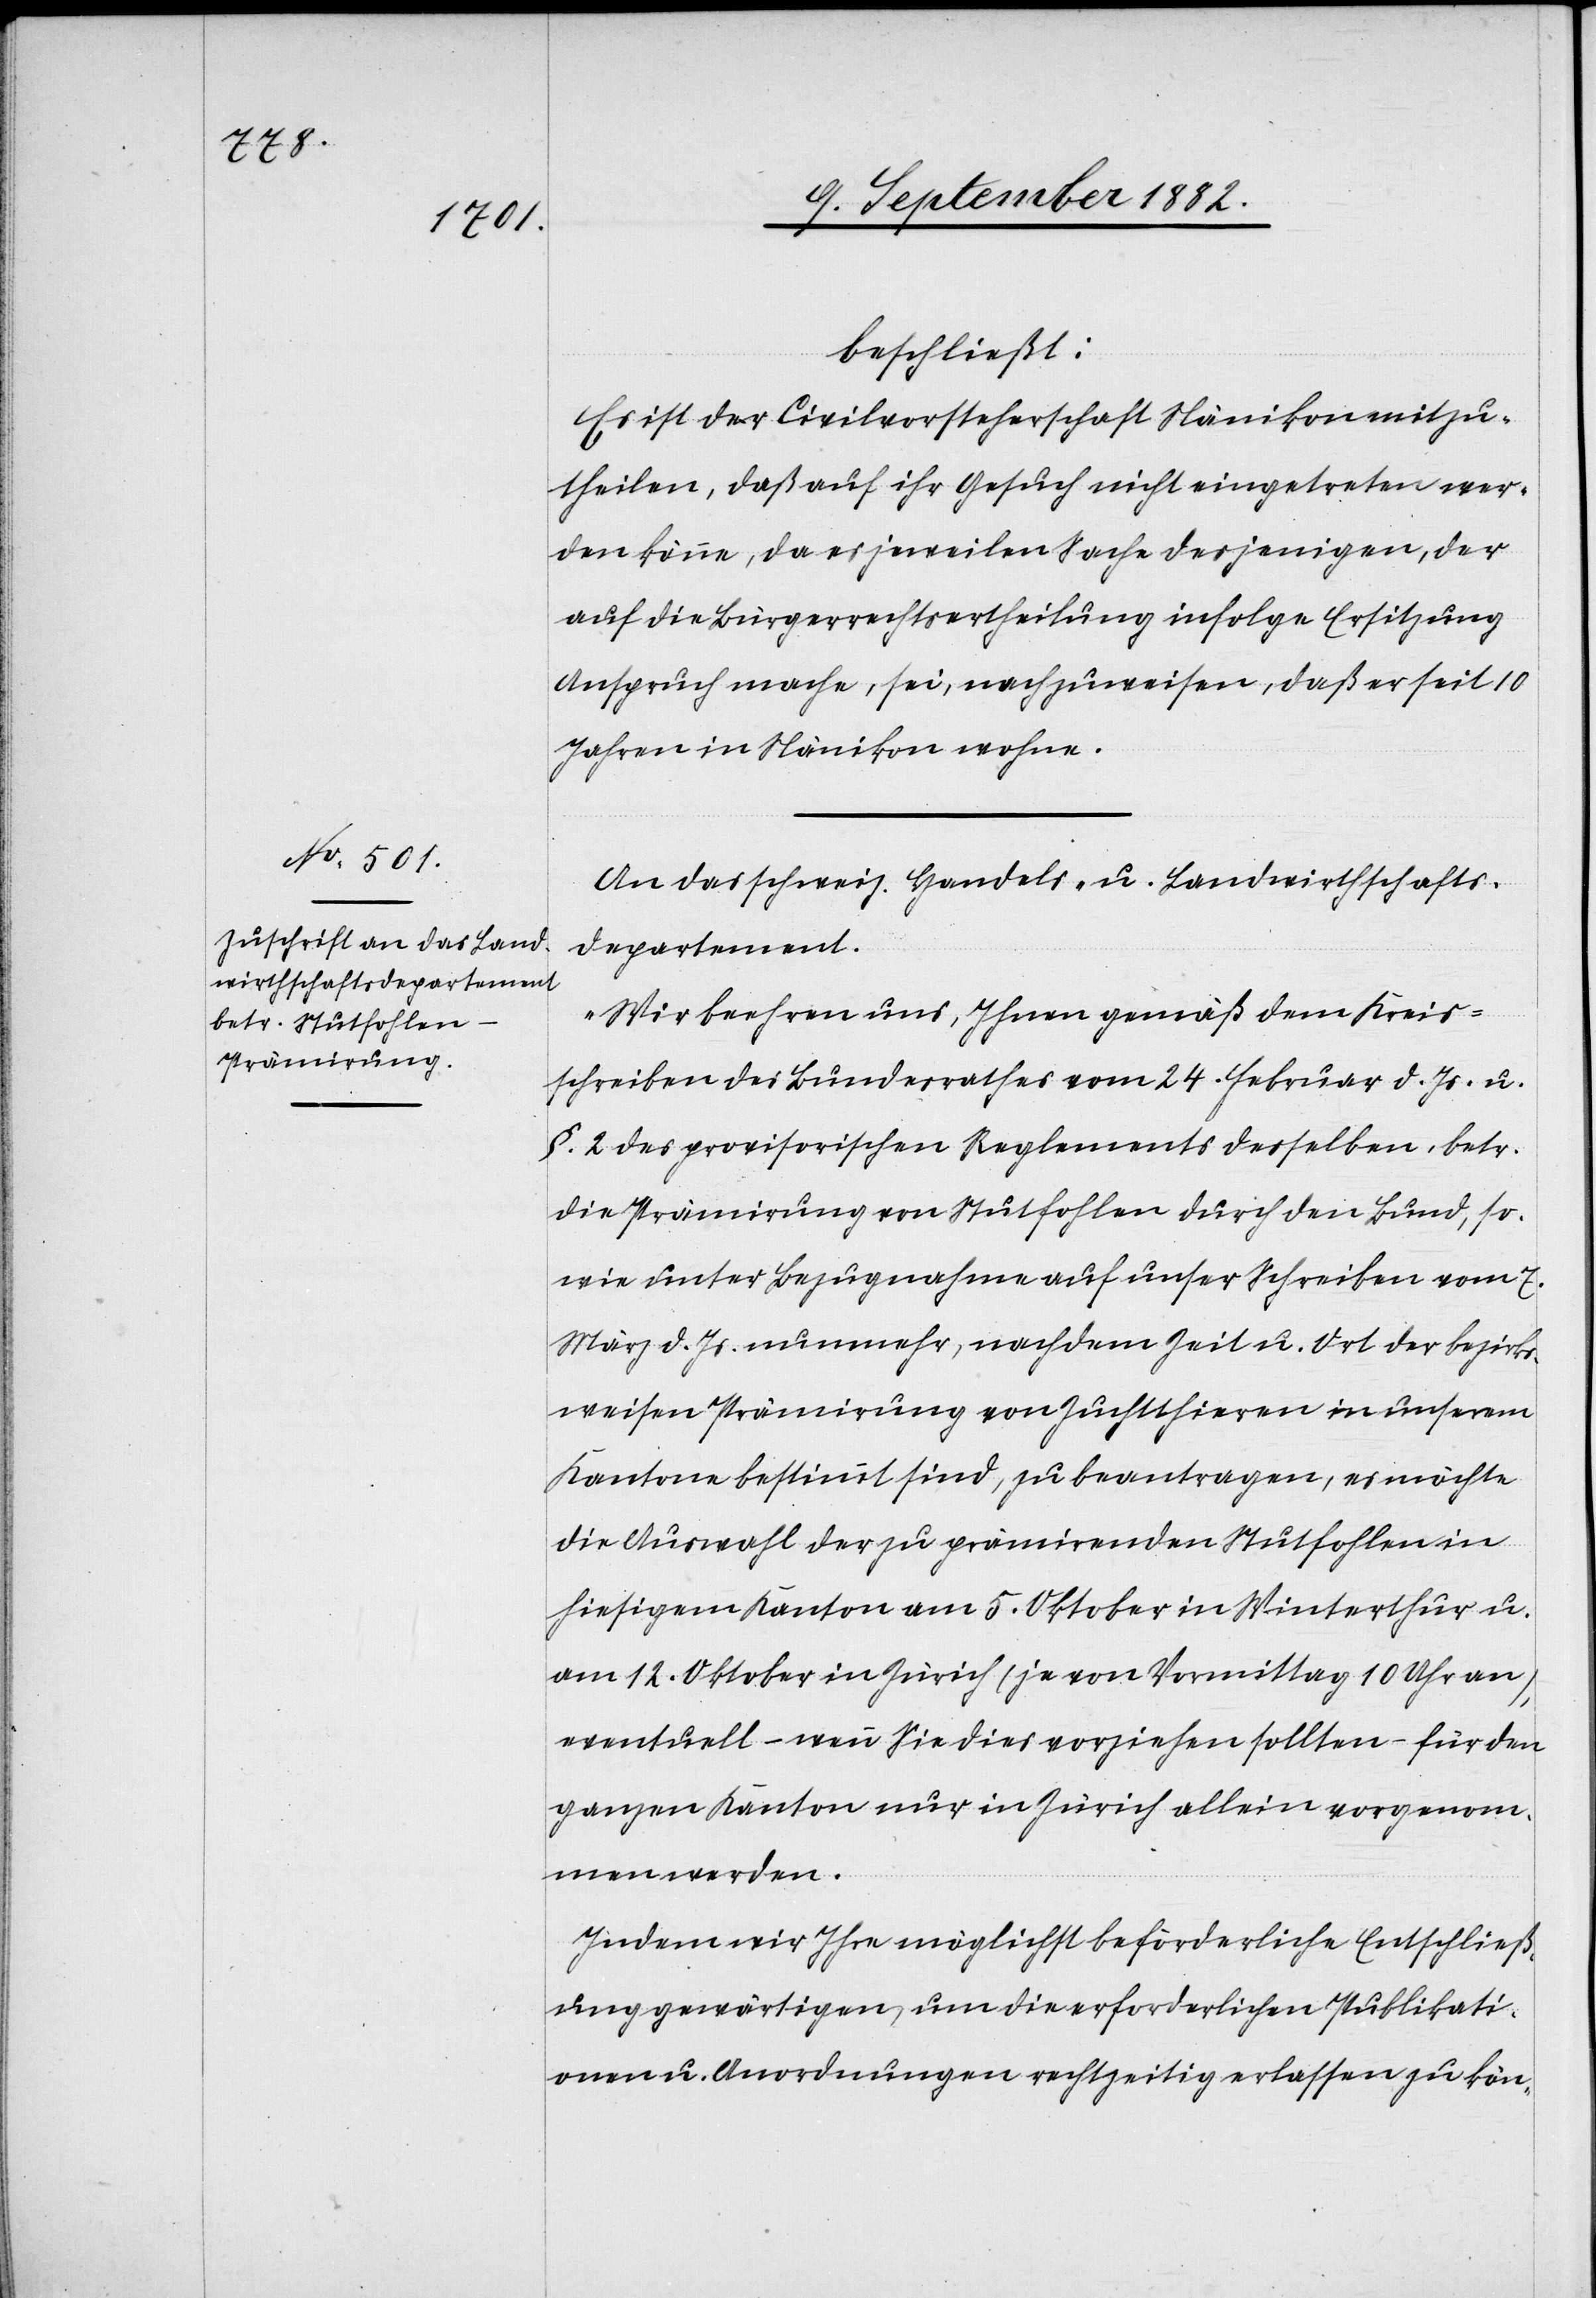
beschließt:
Es ist der Civilvorsteherschaft Nänikon mitzu¬
theilen, daß auf ihr Gesuch nicht eingetreten wer¬
den könne, da es jeweilen Sache desjenigen, der
auf die Bürgerrechtsertheilung infolge Ersitzung
Anspruch mache, sei, nachzuweisen, daß er seit 10
Jahren in Nänikon wohne.
An das schweiz. Handels- u. Landwirthschafts¬
departement.
„Wir beehren uns, Ihnen gemäß dem Kreis¬
schreiben des Bundesrathes vom 24. Februar d. Js. u.
§. 2 des provisorischen Reglements desselben, betr.
die Prämirung von Stutfohlen durch den Bund, so¬
wie unter Bezugnahme auf unser Schreiben vom 7.
März d. Js. nunmehr, nachdem Zeit u. Ort der bezirks¬
weisen Prämirung von Zuchtthieren in unserem
Kanton bestimmt sind, zu beantragen, es möchte
die Auswahl der zu prämirenden Stutfohlen in
hiesigem Kanton am 5. Oktober in Winterthur u.
am 12. Oktober in Zürich (je von Vormittag 10 Uhr an),
eventuell – wenn Sie dies vorziehen sollten – für den
ganzen Kanton nur in Zürich allein vorgenom¬
men werden.
Indem wir Ihre möglichst beförderliche Entschließ¬
ung gewärtigen, um die erforderlichen Publikati¬
onen u. Anordnungen rechtzeitig erlassen zu kön-